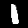
Digit: 1